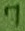
Text: 7